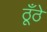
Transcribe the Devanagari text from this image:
ठूँठे